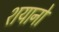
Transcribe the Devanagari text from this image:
शयानो